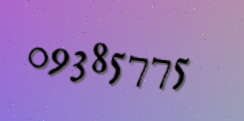
09385775